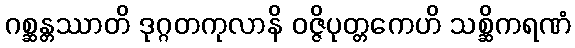
ဂစ္ဆန္တဿာတိ ဒုဂ္ဂတကုလာနိ ဝဇ္ဇိပုတ္တကေဟိ သစ္ဆိကရဏံ